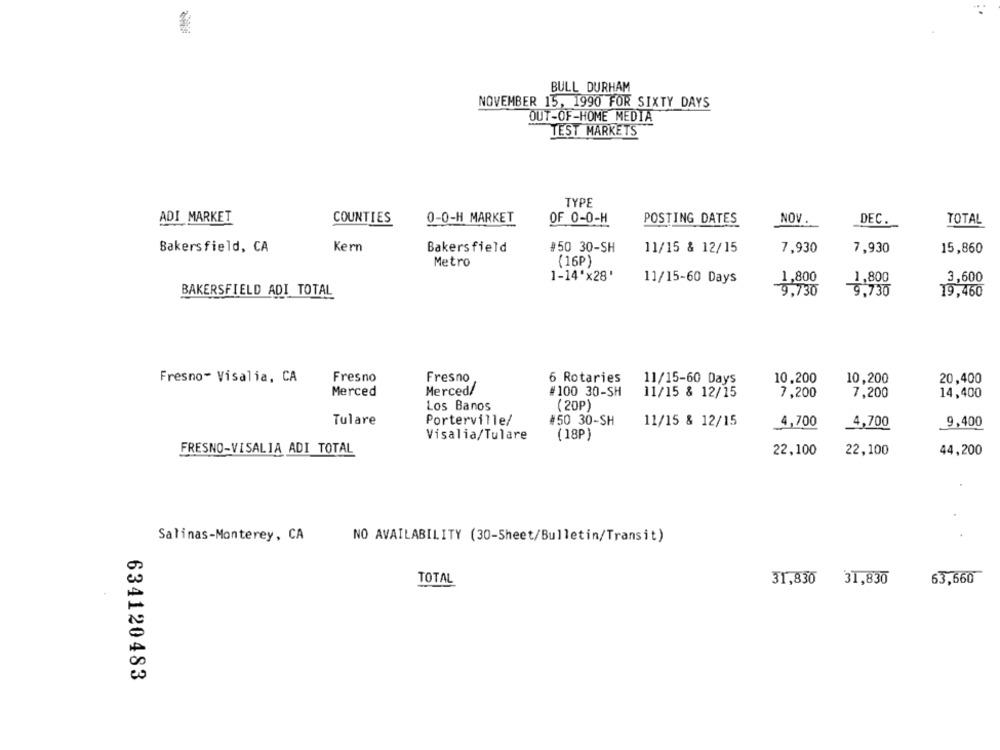
BULL DURHAM
NOVEMBER 15, 1990 FOR SIXTY DAYS
OUT-OF-HOME MEDIA
TEST MARKETS
TYPE
ADI MARKET
COUNTIES
0-0-H MARKET
OF 0-0-H
POSTING DATES
NOV
DEC.
TOTAL
Bakersfield, CA
Kern
Bakersfield
#50 30-SH
11/15 & 12/15
7,930
7,930
15,860
Metro
(16P)
1-14'x28'
11/15-60 Days
1,800
1,800
3,600
BAKERSFIELD ADI TOTAL
9,730
9,730
19,460
Fresno- Visalia, CA
Fresno
Fresno
6 Rotaries
11/15-60 Days
10,200
10,200
20,400
Merced
Merced/
#100 30-SH
11/15 & 12/15
7,200
7,200
14,400
( 20P)
Los Banos
Tulare
Porterville/
#50 30-SH
11/15 & 12/15
4,700
4,700
9,400
Visalia/Tulare
( 18P)
FRESNO-VISALIA ADI TOTAL
22,100
44,200
22,100
Salinas-Monterey, CA
NO AVAILABILITY (30-Sheet/Bulletin/Transit)
TOTAL
31,830
31,830
63,660
634120483